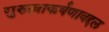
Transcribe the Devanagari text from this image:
गुरुत्वाकर्षणाबद्दल